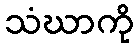
သံဃာကို